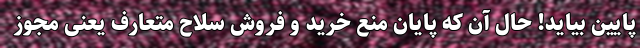
پایین بیاید! حال آن که پایان منع خرید و فروش سلاح متعارف یعنی مجوز